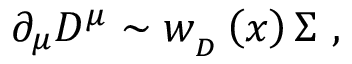
\, \partial _ { \mu } { \cal D } ^ { \mu } \sim w _ { _ D } \left( x \right) \Sigma \, \, ,